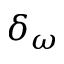
\delta _ { \omega }